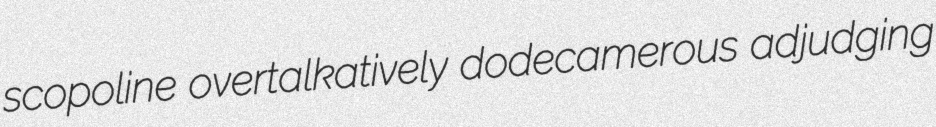
scopoline overtalkatively dodecamerous adjudging